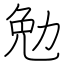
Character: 勉